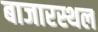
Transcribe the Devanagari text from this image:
बाजारस्थल